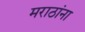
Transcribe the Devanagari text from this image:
मराठांना